Physiological action of certain drugs in tablet form - Number 52A
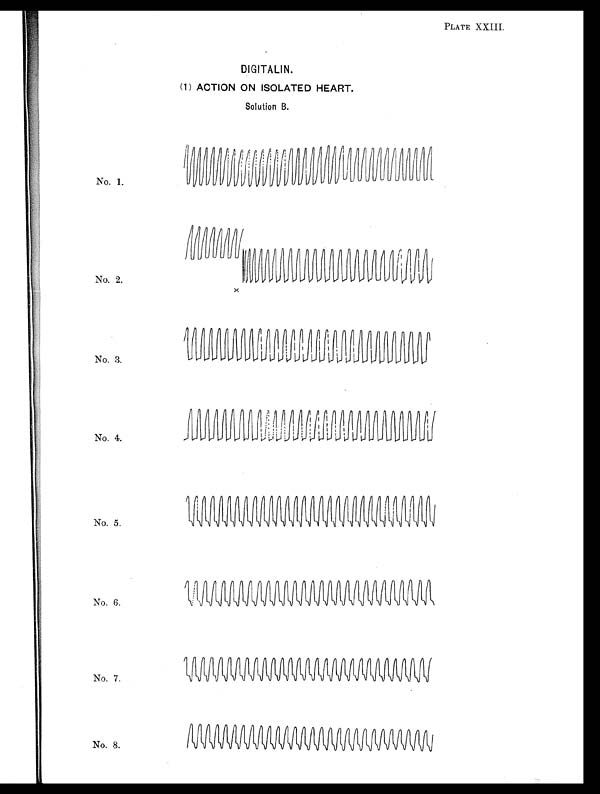
PLATE XXIII.
DIGITALIN.
(1) ACTION ON ISOLATED HEART.
Solution B.
No. 1.
No. 2.
x
No. 3.
No. 4.
No. 5.
No. 6.
No. 7.
No. 8.